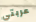
عربتي